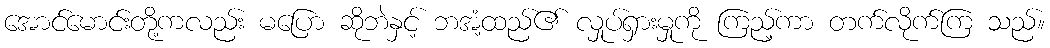
အောင်မောင်းတို့ကလည်း မပြော ဆိုဘဲနှင့် ဘအံ့ထည်၏ လှုပ်ရှားမှုကို ကြည့်ကာ တက်လိုက်ကြ သည်။